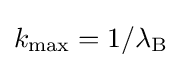
k_{\text{max}}=1/\lambda _{\text{B}}